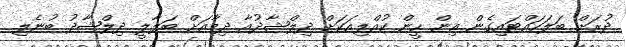
ދުރަށް ބަލަހައްޓައިގެން އިން ހީން ކުއްލިއަކަށް ދިލްޝާދުއާ ދިމާއަށް ބަލާލީ ދިލްޝާދު ބުނެލި